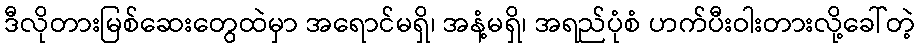
ဒီလိုတားမြစ်ဆေးတွေထဲမှာ အရောင်မရှိ၊ အနံ့မရှိ၊ အရည်ပုံစံ ဟက်ပီးဝါးတားလို့ခေါ်တဲ့